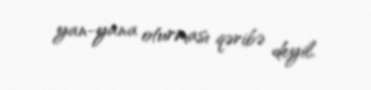
yan-yana oturması qəribə deyil.